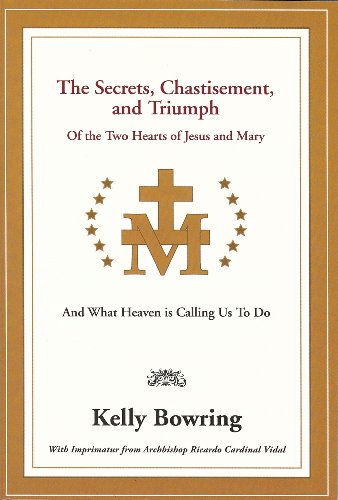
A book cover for The Secrets, Chastisement, and Triumph of the Two Hearts of Jesus and Mary; Kelly Bowring; Christian Books & Bibles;